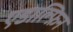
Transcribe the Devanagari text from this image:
एडाल्फ़िन